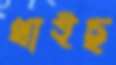
খাইছ